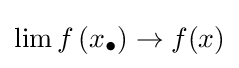
\lim {}f\left(x_{\bullet }\right)\to f(x)